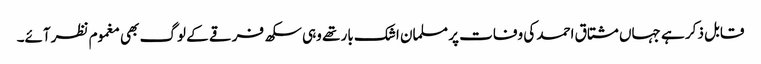
قابل ذکر ہے جہاں مشتاق احمد کی وفات پر مسلمان اشک بار تھے وہی سکھ فرقے کے لوگ بھی مغموم نظرآئے۔